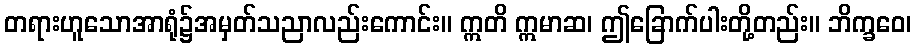
တရားဟူသောအာရုံ၌အမှတ်သညာလည်းကောင်း။ ဣတိ ဣမာဆ၊ ဤခြောက်ပါးတို့တည်း။ ဘိက္ခဝေ၊